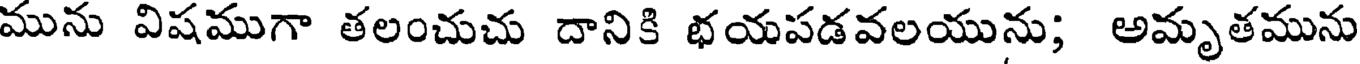
మును విషముగా తలంచుచు దానికి భయపడవలయును; అమృతమును